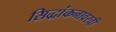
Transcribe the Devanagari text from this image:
सिद्धांकनावरची